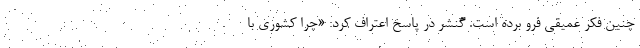
چنین فکر عمیقی فرو برده است. گنشر در پاسخ اعتراف کرد: «چرا کشوری با